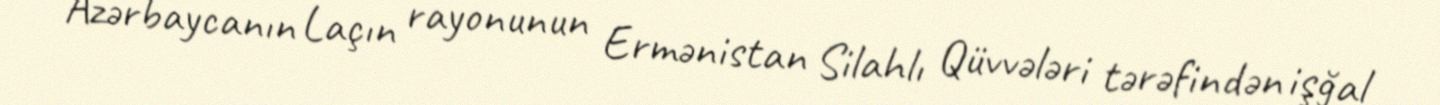
Azərbaycanın Laçın rayonunun Ermənistan Silahlı Qüvvələri tərəfindən işğal